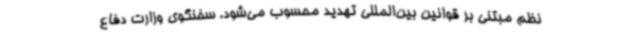
نظم مبتنی بر قوانین بین‌المللی تهدید محسوب می‌شود. سخنگوی وزارت دفاع